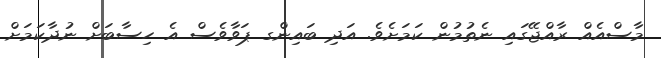
މާސްއެއް ރާއްޖޭގައި ނެތުމުން ކަމަށެވެ. އަދި ބައިންގ ޕަވާވެސް އެ ހިސާބަށް ނުދާކަމަށް